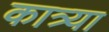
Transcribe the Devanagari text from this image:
कात्र्या